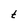
Character: t